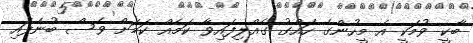
ބާކީ ވުމަކީ އެ މީހުންގެ ހައްގު ގެއްލިފައިވާ ކަމެއް ކަމަށް ވެސް ބުނެފައި